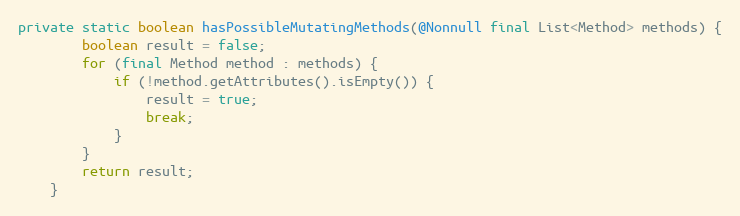
Language: Java
private static boolean hasPossibleMutatingMethods(@Nonnull final List<Method> methods) {
		boolean result = false;
		for (final Method method : methods) {
			if (!method.getAttributes().isEmpty()) {
				result = true;
				break;
			}
		}
		return result;
	}